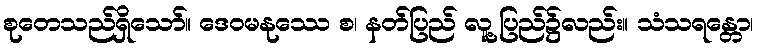
စုတေသည်ရှိသော်။ ဒေဝမနုဿေ စ၊ နတ်ပြည် လူ့ပြည်၌လည်း။ သံသရန္တော၊